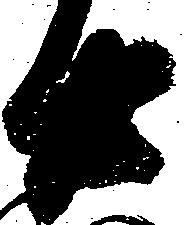
廿